system: You are a helpful assistant.
user:
Analyze the provided spectrum to determine if it is a **Carbon Star (C-type)**.

- **Key Visual Indicators of Carbon Star:**
    - **(Primary):** Strong molecular absorption from **C₂ (diatomic carbon) "Swan Bands."** This is the **defining feature** of a carbon star.
        - **(Key Bandheads):** Sharp absorption edges are visible at approximately $5635$ Å, $5165$ Å (the strongest band), and $4737$ Å.
        - **(Line Profile):** Creates a distinct **"saw-tooth"** pattern. The key morphology is a sharp, steep bandhead on the **red (long-wavelength) side**, which then gradually tapers off (i.e., flux recovers) towards the **blue (short-wavelength) side**. *(This is the direct opposite of the TiO bands seen in M-type stars)*.

    - **(Secondary):** Intense **CN (cyanogen)** molecular absorption bands.
        - **(Key Bandheads):** Located in the blue and violet regions of the spectrum (e.g., near $4215$ Å and $3883$ Å).
        - **(Morphology):** These bands are extremely broad and act as a "blanket," absorbing the vast majority of blue and violet light. This creates a characteristic **"cliff"** or **"steep drop-off"** in the spectrum's flux at short wavelengths.

    - **(Key Confirmation):** Strong **CH absorption band (G-band)**.
        - **(Key Bandhead):** Located around $4300$ Å. The contribution from CH molecules to this band is exceptionally strong.

    - **(Overall Spectrum):**
        - The continuum is severely "chopped up" by these deep molecular bands, especially C₂, rather than appearing as a smooth curve.
        - Due to the heavy CN and C₂ absorption in the blue-green, the vast majority of the star's flux is concentrated in the red part of the spectrum, giving the star its characteristic deep red color.

Think first, call **spectral_visualization_tool** if needed to examine features in detail, then provide your final answer. Your response must adhere to the following strict rules:
1.  **Overall Structure:** Your response must follow the format `<think>...</think> <tool_call>...</tool_call> (if a tool is used) <answer>...</answer>`.
2.  **Tool Usage Constraint:** You may only make **one** tool call per turn.
3.  **Final Answer Format:** In the `<answer>` tag, your conclusion must be inside a `\boxed{}` command (e.g., `\boxed{YES}`), followed by your justification.

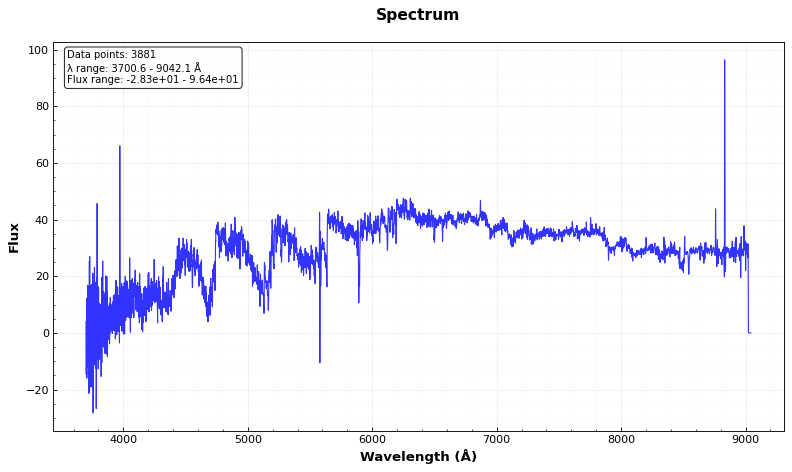
Answer: YES